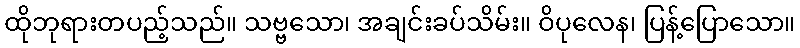
ထိုဘုရားတပည့်သည်။ သဗ္ဗသော၊ အချင်းခပ်သိမ်း။ ဝိပုလေန၊ ပြန့်ပြောသော။